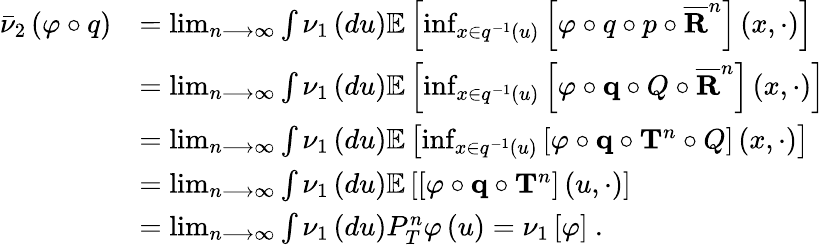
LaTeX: \begin{array}{rl}{\bar{\nu}_{2}\left(\varphi\circ q\right)}&{=\operatorname*{lim}_{n\longrightarrow\infty}\int\nu_{1}\left(du\right)\mathbb{E}\left[\operatorname*{inf}_{x\in q^{-1}\left(u\right)}\left[\varphi\circ q\circ p\circ\overline{{\mathbf{R}}}^{n}\right]\left(x,\cdot\right)\right]}\\ &{=\operatorname*{lim}_{n\longrightarrow\infty}\int\nu_{1}\left(du\right)\mathbb{E}\left[\operatorname*{inf}_{x\in q^{-1}\left(u\right)}\left[\varphi\circ\mathbf{q}\circ Q\circ\overline{{\mathbf{R}}}^{n}\right]\left(x,\cdot\right)\right]}\\ &{=\operatorname*{lim}_{n\longrightarrow\infty}\int\nu_{1}\left(du\right)\mathbb{E}\left[\operatorname*{inf}_{x\in q^{-1}\left(u\right)}\left[\varphi\circ\mathbf{q}\circ\mathbf{T}^{n}\circ Q\right]\left(x,\cdot\right)\right]}\\ &{=\operatorname*{lim}_{n\longrightarrow\infty}\int\nu_{1}\left(du\right)\mathbb{E}\left[\left[\varphi\circ\mathbf{q}\circ\mathbf{T}^{n}\right]\left(u,\cdot\right)\right]}\\ &{=\operatorname*{lim}_{n\longrightarrow\infty}\int\nu_{1}\left(du\right)P_{T}^{n}\varphi\left(u\right)=\nu_{1}\left[\varphi\right]\ .}\end{array}